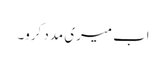
اب میری مدد کرو۔